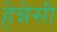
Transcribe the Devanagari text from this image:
हेन्नेसी